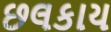
છલકાય